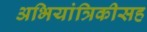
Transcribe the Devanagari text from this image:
अभियांत्रिकीसह